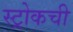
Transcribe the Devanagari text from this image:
स्ट्रोकची